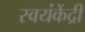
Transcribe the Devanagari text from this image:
स्वयंकेंद्री